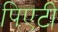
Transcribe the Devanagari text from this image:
पिएटी